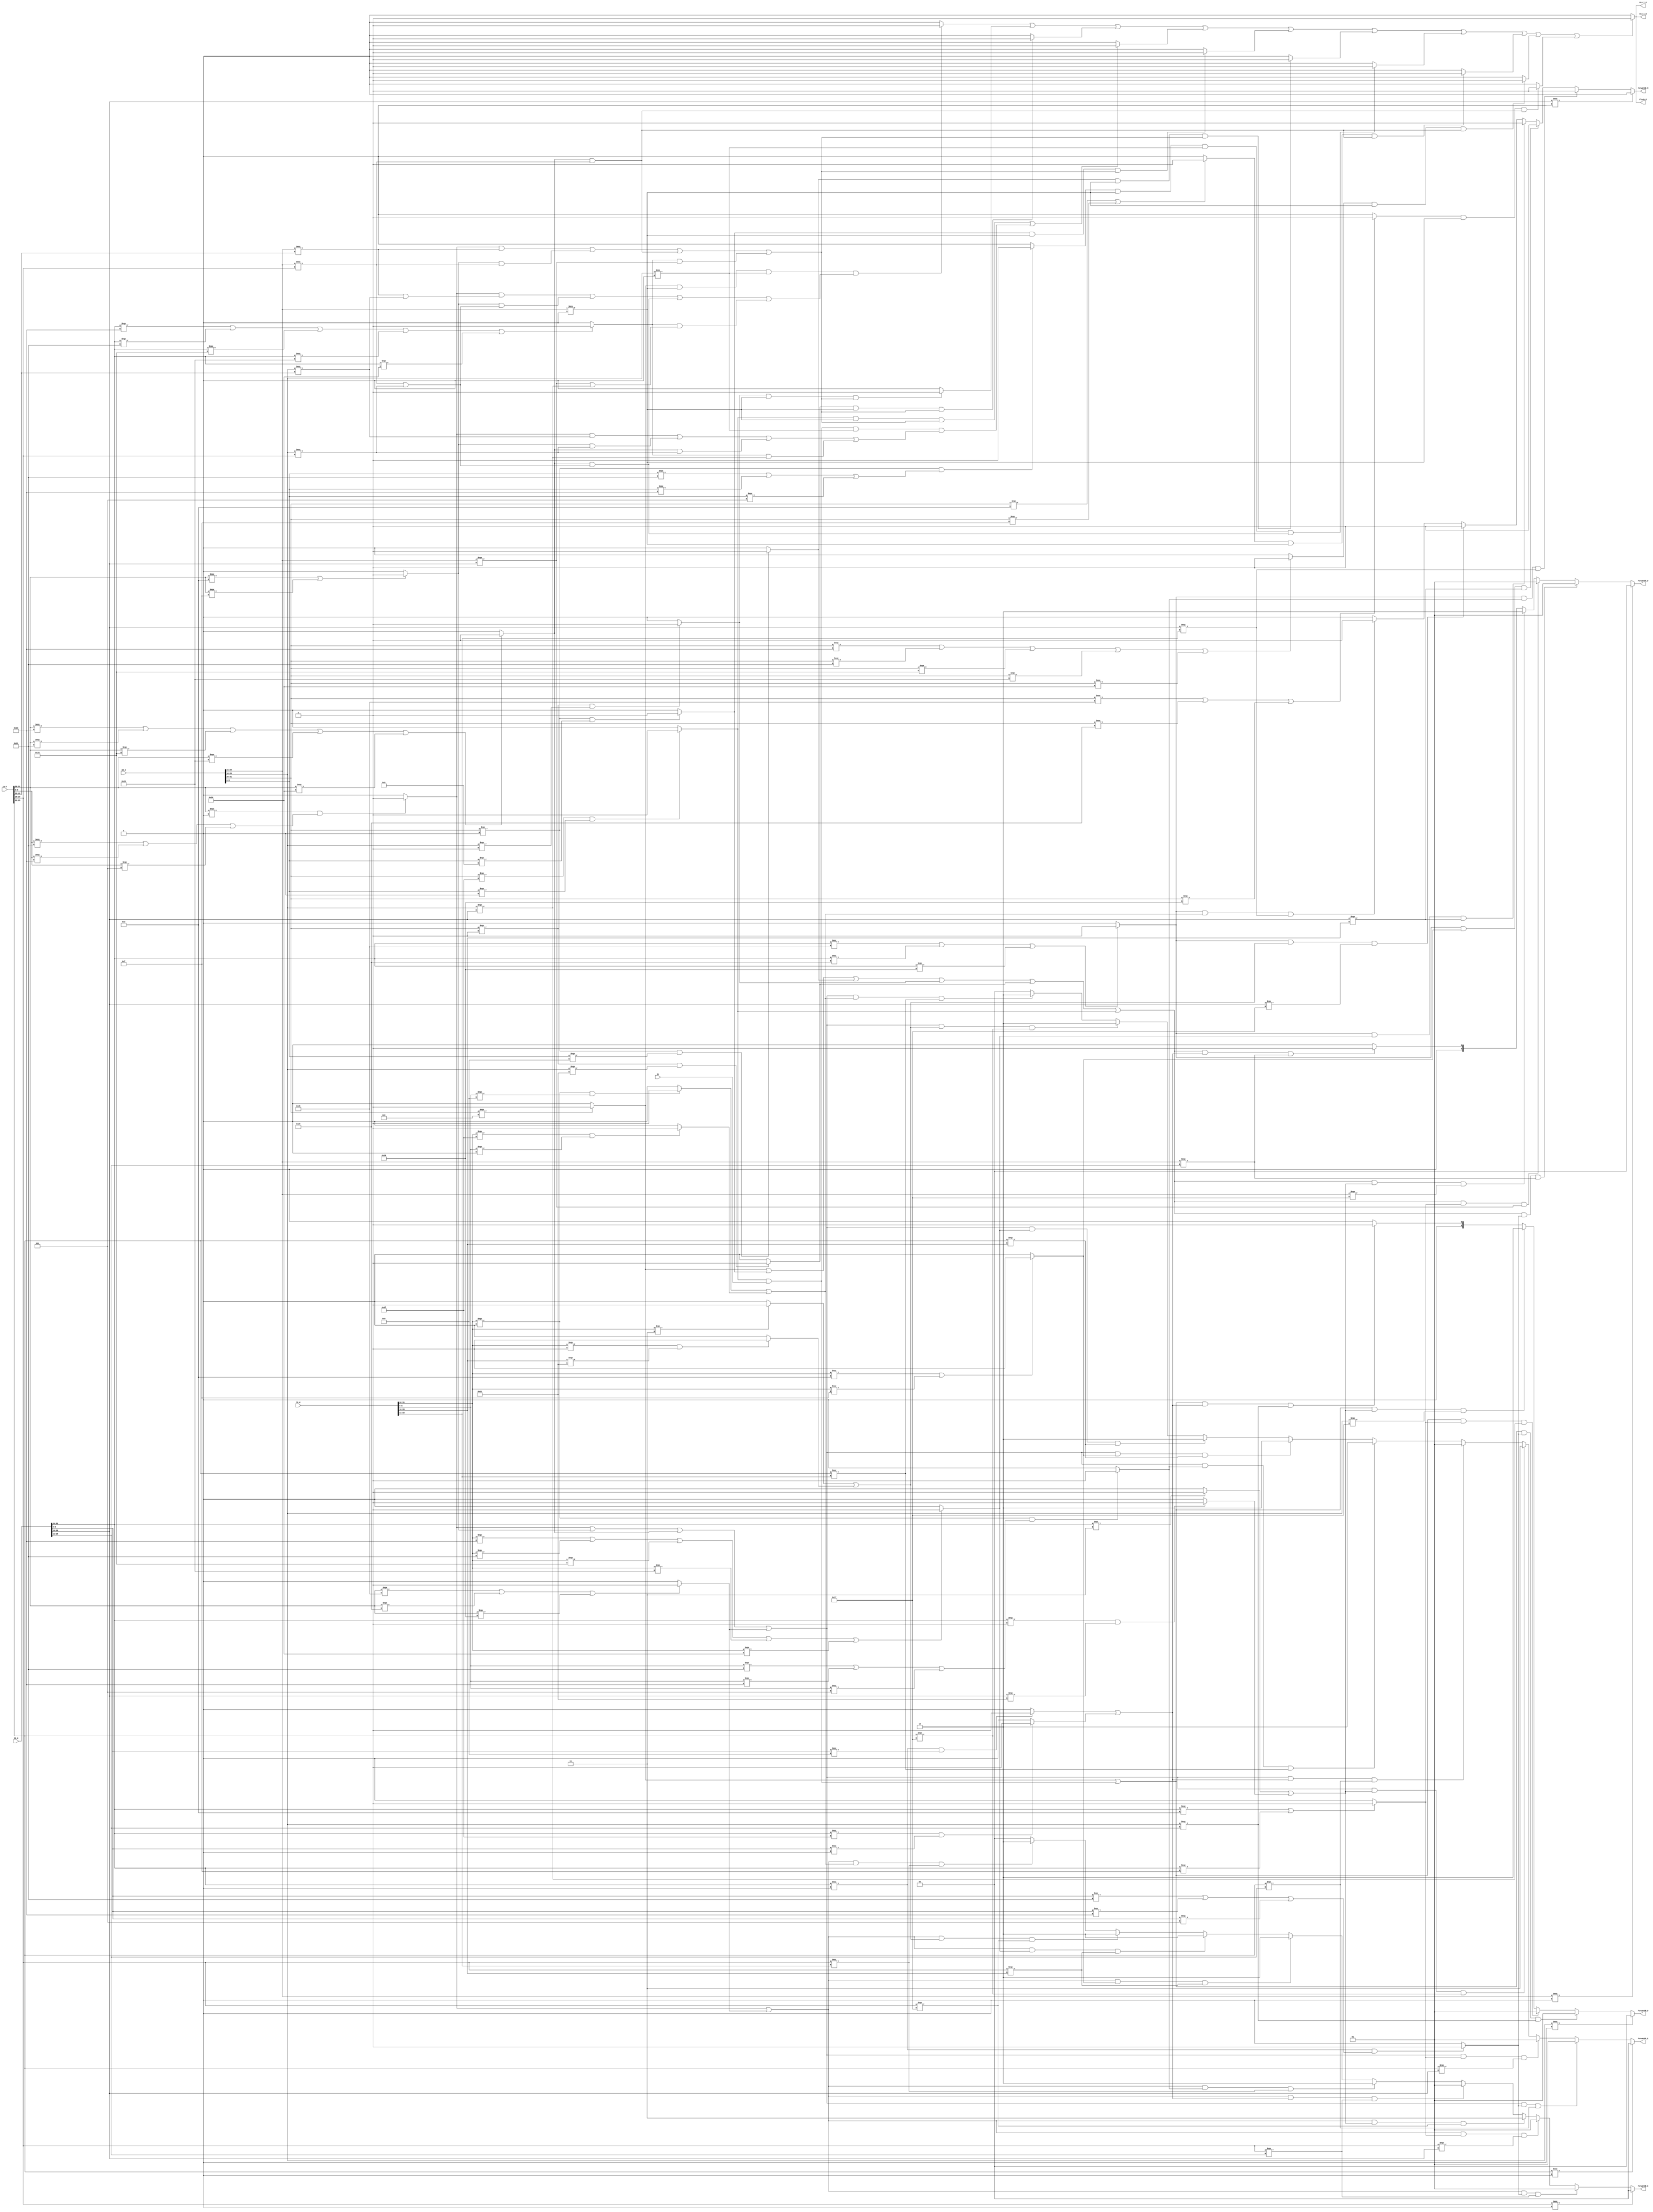
`timescale 1ns / 1ps
//////////////////////////////////////////////////////////////////////////////////
// Company: 
// Engineer: 
// 
// Design Name: 
// Module Name:    HazardUnit 
// Project Name: 
// Target Devices: 
// Tool versions: 
// Description: 
//
// Dependencies: 
//
// Revision: 
// Revision 0.01 - File Created
// Additional Comments: 
//
//////////////////////////////////////////////////////////////////////////////////
`define op_D IR_D[31:26]
`define func_D IR_D[5:0] 
`define rs_D  IR_D[25:21]
`define rt_D  IR_D[20:16]
`define rd_D IR_D[15:11]

`define op_E IR_E[31:26]
`define func_E IR_E[5:0] 
`define rs_E  IR_E[25:21]
`define rt_E  IR_E[20:16]
`define rd_E IR_E[15:11]

`define op_M IR_M[31:26]
`define func_M IR_M[5:0] 
`define rs_M  IR_M[25:21]
`define rt_M IR_M[20:16]
`define rd_M IR_M[15:11]

`define op_W IR_W[31:26]
`define func_W IR_W[5:0] 
`define rs_W  IR_W[25:21]
`define rt_W IR_W[20:16]
`define rd_W IR_W[15:11]

`define cal_r_op 6'b000000 //op
`define addu_func 6'b100001//func
`define subu_func 6'b100011 //func
`define srav_func 6'b000111 //func

`define ori_op 6'b001101 // op
`define lui_op 6'b001111 //op
`define beq_op 6'b000100 //op

`define lw_op 6'b100011 //op
`define lh_op 6'b100001 //op
`define lhu_op 6'b100101 //op
`define lb_op 6'b100000 //op
`define lbu_op 6'b100100 //op

`define sw_op 6'b101011 //op
`define sh_op 6'b101001 //op
`define sb_op 6'b101000 //op

`define j_op 6'b000010 //op
`define jal_op 6'b000011//op
`define jr_op 6'b000000 //op
`define jr_func 6'b001000 //func
`define jalr_op 6'b000000//op
`define jalr_func 6'b001001 //func
`define bgez_op 6'b000001 //op
`define bgez_rt 5'b00001 //rt
`define bgezal_op 6'b000001 //op
`define bgezal_rt 5'b10001 //rt
`define bgezalr_op 6'b111111//op
`define bgezalr_func 6'b000000 //func

module HazardUnit(IR_D, IR_E, IR_M, IR_W, En,
											Stall_F, Stall_D, Flush_E, ForwardA_D, ForwardB_D, ForwardA_E, ForwardB_E, ForwardB_M);
		input [31:0] IR_D, IR_E, IR_M, IR_W;
		input En;
		output Stall_F, Stall_D, Flush_E;
		output [1:0] ForwardA_D, ForwardB_D, ForwardA_E, ForwardB_E;
		output ForwardB_M;

// D		
		wire Cal_r_D, Cal_i_D, Br_D, Load_D, Store_D, J_D, Jal_D, Jr_D,Jalr_D, Bgez_D, Bgezal_D, Bgezalr_D;
		
		assign Cal_r_D = (`op_D === `cal_r_op) && ((`func_D === `addu_func)||(`func_D === `subu_func) || (`func_D === `srav_func) ) ? 1 : 0 ;
	   assign Cal_i_D = (`op_D === `ori_op || `op_D === `lui_op) ? 1 : 0;
		assign Br_D = (`op_D === `beq_op) ? 1 : 0 ;
		assign Load_D = (`op_D === `lw_op || `op_D === `lh_op ||  `op_D === `lhu_op ||  `op_D === `lb_op ||  `op_D === `lbu_op) ? 1 : 0;
		assign Store_D = (`op_D === `sw_op || `op_D === `sh_op || `op_D === `sb_op) ? 1 : 0 ;
		assign J_D = (`op_D === `j_op) ? 1 : 0 ;
		assign Jal_D = (`op_D === `jal_op) ? 1 : 0;
		assign Jr_D =  (`op_D === `jr_op && `func_D === `jr_func) ? 1 : 0;
		assign Jalr_D = (`op_D === `jalr_op && `func_D === `jalr_func) ? 1 : 0;
		assign Bgez_D = (`op_D === `bgez_op && `rt_D === `bgez_rt) ? 1 : 0;
		assign Bgezal_D = (`op_D === `bgezal_op && `rt_D === `bgezal_rt) ? 1 : 0;
		assign Bgezalr_D =  (`op_D === `bgezalr_op && `func_D === `bgezalr_func) ? 1 : 0;
		
// E		
		wire Cal_r_E, Cal_i_E, Br_E, Load_E, Store_E, J_E, Jal_E, Jr_E, Jalr_E, Bgez_E, Bgezal_E, Bgezalr_E;
		
		assign Cal_r_E = (`op_E === `cal_r_op) && ((`func_E === `addu_func)||(`func_E === `subu_func)|| (`func_E === `srav_func))  ? 1 : 0 ;
		assign Cal_i_E = (`op_E === `ori_op || `op_E === `lui_op) ? 1 : 0;
		assign Br_E = (`op_E === `beq_op) ? 1 : 0 ;
		assign Load_E = (`op_E === `lw_op || `op_E === `lh_op ||  `op_E === `lhu_op ||  `op_E === `lb_op ||  `op_E === `lbu_op) ? 1 : 0;
		assign Store_E = (`op_E === `sw_op || `op_E === `sh_op || `op_E === `sb_op) ? 1 : 0 ;
		assign J_E = (`op_E === `j_op) ? 1 : 0 ;
		assign Jal_E = (`op_E === `jal_op) ? 1 : 0;
		assign Jr_E =  (`op_E === `jr_op && `func_E === `jr_func) ? 1 : 0;
		assign Jalr_E = (`op_E === `jalr_op && `func_E === `jalr_func) ? 1 : 0;
		assign Bgez_E = (`op_E === `bgez_op && `rt_E === `bgez_rt) ? 1 : 0;
		assign Bgezal_E = (`op_E === `bgezal_op && `rt_E === `bgezal_rt) ? 1 : 0;
		assign Bgezalr_E =  (`op_E === `bgezalr_op && `func_E === `bgezalr_func) ? 1 : 0;
		
//M		
		wire Cal_r_M, Cal_i_M, Br_M, Load_M, Store_M, J_M, Jal_M, Jr_M, Jalr_M, Bgez_M, Bgezal_M, Bgezalr_M;
		
		assign Cal_r_M = (`op_M === `cal_r_op) && ((`func_M === `addu_func)||(`func_M === `subu_func)|| (`func_M === `srav_func)) ? 1 : 0 ;
		assign Cal_i_M = (`op_M === `ori_op || `op_M === `lui_op) ? 1 : 0;
		assign Br_M = (`op_M === `beq_op) ? 1 : 0 ;
		assign Load_M = (`op_M === `lw_op || `op_M === `lh_op ||  `op_M === `lhu_op ||  `op_M === `lb_op ||  `op_M === `lbu_op) ? 1 : 0;
		assign Store_M =  (`op_M === `sw_op || `op_M === `sh_op || `op_M === `sb_op) ? 1 : 0 ;
		assign J_M = (`op_M === `j_op) ? 1 : 0 ;
		assign Jal_M = (`op_M === `jal_op) ? 1 : 0;
		assign Jr_M =  (`op_M === `jr_op && `func_M === `jr_func) ? 1 : 0;
		assign Jalr_M = (`op_M === `jalr_op && `func_M === `jalr_func) ? 1 : 0;
		assign Bgez_M = (`op_M === `bgez_op && `rt_M === `bgez_rt) ? 1 : 0;
		assign Bgezal_M = (`op_M === `bgezal_op && `rt_M === `bgezal_rt) ? 1 : 0;
		assign Bgezalr_M =  (`op_M === `bgezalr_op && `func_M === `bgezalr_func) ? 1 : 0;
		
//W
		wire Cal_r_W, Cal_i_W, Br_W, Load_W, Store_W, J_W, Jal_W, Jr_W, Jalr_W, Bgez_W, Bgezal_W, Bgezalr_W;
		
		assign Cal_r_W = (`op_W === `cal_r_op) && ((`func_W === `addu_func)||(`func_W === `subu_func)|| (`func_W === `srav_func)) ? 1 : 0 ;
		assign Cal_i_W = (`op_W === `ori_op || `op_W === `lui_op) ? 1 : 0;
		assign Br_W = (`op_W === `beq_op) ? 1 : 0 ;
		assign Load_W = (`op_W === `lw_op || `op_W === `lh_op ||  `op_W === `lhu_op ||  `op_W === `lb_op ||  `op_W === `lbu_op) ? 1 : 0;
		assign Store_W = (`op_W === `sw_op || `op_W === `sh_op || `op_W === `sb_op) ? 1 : 0 ;
		assign J_W = (`op_W === `j_op) ? 1 : 0 ;
		assign Jal_W = (`op_W === `jal_op) ? 1 : 0;
		assign Jr_W =  (`op_W === `jr_op && `func_W === `jr_func) ? 1 : 0;
		assign Jalr_W = (`op_W === `jalr_op && `func_W === `jalr_func) ? 1 : 0;
		assign Bgez_W = (`op_W === `bgez_op && `rt_W === `bgez_rt) ? 1 : 0;
		assign Bgezal_W = (`op_W === `bgezal_op && `rt_W === `bgezal_rt) ? 1 : 0;
		assign Bgezalr_W =  (`op_W === `bgezalr_op && `func_W === `bgezalr_func) ? 1 : 0;
		
		wire stall, stall_br, stall_bgez, stall_bgezal, stall_bgezalr, stall_jr, stall_jalr, stall_cal_r, stall_cal_i, stall_load, stall_store ;
		
		assign stall_br = (Br_D && (`rs_D !== 0) && (`rt_D !== 0) &&
														((Cal_r_E && (`rs_D === `rd_E || `rt_D === `rd_E) ) || 
														( Cal_i_E && ( (`rs_D === `rt_E) || (`rt_D === `rt_E) ) ) ||
														( Load_E && ( (`rs_D === `rt_E) || (`rt_D === `rt_E) ) ) ||
														( Load_M && ( (`rs_D === `rt_M) || (`rt_D === `rt_M) ) ) ) ) ? 1 : 0 ;
		
		assign stall_bgez = (Bgez_D && (`rs_D !== 0) &&
														( ( Cal_r_E && (`rs_D === `rd_E) ) || 
														( Cal_i_E && (`rs_D === `rt_E) ) ||
														( Load_E && (`rs_D === `rt_E)) ||
														( Load_M && (`rs_D === `rt_M)))) ? 1 : 0 ; 
		
		assign stall_bgezal =  (Bgezal_D && (`rs_D !== 0) &&
														( ( Cal_r_E && (`rs_D === `rd_E) ) || 
														( Cal_i_E && (`rs_D === `rt_E) ) ||
														( Load_E && (`rs_D === `rt_E)) ||
														( Load_M && (`rs_D === `rt_M)))) ? 1 : 0 ; 
														
		assign stall_bgezalr = 	(Bgezalr_D && (`rs_D !== 0) &&
																( ( Cal_r_E && (`rs_D === `rd_E) ) || 
																( Cal_i_E && (`rs_D === `rt_E) ) ||
																( Load_E && (`rs_D === `rt_E)) ||
																( Load_M && (`rs_D === `rt_M)))) ||		
														(Bgezalr_D && En && (`rt_D !== 0) &&
																( ( Cal_r_E && (`rt_D === `rd_E) ) || 
																( Cal_i_E && (`rt_D === `rt_E) ) ||
																( Load_E && (`rt_D === `rt_E)) ||
																( Load_M && (`rt_D === `rt_M)))) ? 1 : 0 ; 
														
		assign stall_jr = (Jr_D && (`rs_D !== 0) &&
														( ( Cal_r_E && (`rs_D === `rd_E) ) || 
														( Cal_i_E && (`rs_D === `rt_E) ) ||
														( Load_E && (`rs_D === `rt_E)) ||
														( Load_M && (`rs_D === `rt_M)))) ? 1 : 0 ; 
		
		assign stall_jalr =  (Jalr_D && (`rs_D !== 0) &&
														( ( Cal_r_E && (`rs_D === `rd_E) ) || 
														( Cal_i_E && (`rs_D === `rt_E) ) ||
														( Load_E && (`rs_D === `rt_E)) ||
														( Load_M && (`rs_D === `rt_M)))) ? 1 : 0 ; 
														
		assign stall_cal_r = (Cal_r_D &&  (`rs_D !== 0) && (`rt_D !== 0) && 
														( Load_E && ( (`rs_D === `rt_E) || (`rt_D === `rt_E) ))) ? 1: 0; 
		
		assign stall_cal_i = (Cal_i_D && (`rs_D !== 0) &&
														((Load_E && (`rs_D === `rt_E)))) ? 1 : 0 ; 
		
		assign stall_load = (Load_D && (`rs_D !== 0) &&
														((Load_E && (`rs_D === `rt_E) ))) ? 1: 0; 
		
		assign stall_store = (Store_D && (`rs_D !== 0) &&
														(Load_E && (`rs_D === `rt_E))) ? 1 : 0 ;
		
		assign stall = (stall_br || stall_bgez || stall_bgezal || stall_bgezalr || stall_jr || stall_jalr || stall_cal_r || stall_cal_i || stall_load || stall_store) ? 1 : 0 ;
		
		assign Stall_F = stall;
		assign Stall_D = stall;
		assign Flush_E = stall;
		
		
		assign ForwardA_D = 
				(`rs_D === 0) ? 2'b00 :
				(Br_D || Jr_D || Jalr_D || Bgez_D || Bgezal_D || Bgezalr_D) && Cal_r_M && `rs_D === `rd_M ? 2'b01 : 
				(Br_D || Jr_D || Jalr_D || Bgez_D || Bgezal_D || Bgezalr_D) && Cal_i_M && `rs_D === `rt_M ? 2'b01 :
				(Br_D || Jr_D || Jalr_D || Bgez_D || Bgezal_D || Bgezalr_D) && (Jal_M || Bgezal_M) && `rs_D === 5'd31 ? 2'b10 :
				(Br_D || Jr_D || Jalr_D || Bgez_D || Bgezal_D || Bgezalr_D) && (Jalr_M || Bgezalr_M) && `rs_D === `rd_M ? 2'b01 :
				2'b00;
		
		assign ForwardB_D = 
				(`rt_D === 0) ? 2'b00 :
				(Br_D || (Bgezalr_D && En)) && Cal_r_M && `rt_D === `rd_M ? 2'b01 : 
				(Br_D || (Bgezalr_D && En)) && Cal_i_M && `rt_D === `rt_M ? 2'b01 :
				(Br_D || (Bgezalr_D && En)) && (Jal_M || Bgezal_M) && `rt_D === 5'd31 ? 2'b10 :
				(Br_D || (Bgezalr_D && En)) && (Jalr_M || Bgezalr_M) && `rt_D === `rd_M ? 2'b01 : 
				2'b00;
		
		assign ForwardA_E = 
				(`rs_E === 0) ? 2'b00 :
				(Cal_r_E || Cal_i_E || Load_E || Store_E) && Cal_r_M && `rs_E === `rd_M ? 2'b01 :
				(Cal_r_E || Cal_i_E || Load_E || Store_E) && Cal_i_M && `rs_E === `rt_M ? 2'b01 :
				(Cal_r_E || Cal_i_E || Load_E || Store_E) && (Jal_M || Bgezal_M) && `rs_E === 5'd31 ? 2'b11 :
				(Cal_r_E || Cal_i_E || Load_E || Store_E) && (Jalr_M || Bgezalr_M) && `rs_E === `rd_M ? 2'b01 :
				(Cal_r_E || Cal_i_E || Load_E || Store_E) && Cal_r_W && `rs_E === `rd_W ? 2'b10 :
				(Cal_r_E || Cal_i_E || Load_E || Store_E) && Cal_i_W && `rs_E === `rt_W ? 2'b10 :
				(Cal_r_E || Cal_i_E || Load_E || Store_E) && Load_W && `rs_E === `rt_W ? 2'b10 :
				(Cal_r_E || Cal_i_E || Load_E || Store_E) && (Jal_W || Bgezal_W) && `rs_E === 5'd31 ? 2'b10 :
				(Cal_r_E || Cal_i_E || Load_E || Store_E) && (Jalr_W || Bgezalr_W) && `rs_E === `rd_W ? 2'b10 :
				2'b00;

		assign ForwardB_E = 
				(`rt_E === 0) ? 2'b00 :
				(Cal_r_E || Store_E) && Cal_r_M && `rt_E === `rd_M ? 2'b01 : 
				(Cal_r_E || Store_E) && Cal_i_M && `rt_E === `rt_M ? 2'b01 : 
				(Cal_r_E || Store_E) && (Jal_M || Bgezal_M) && `rt_E === 5'd31 ? 2'b11 : 
				(Cal_r_E || Store_E) && (Jalr_M || Bgezalr_M) && `rt_E === `rd_M ? 2'b01 : 
				(Cal_r_E || Store_E) && Cal_r_W && `rt_E === `rd_W ? 2'b10 :
				(Cal_r_E || Store_E) && Cal_i_W && `rt_E === `rt_W ? 2'b10 : 
				(Cal_r_E || Store_E) && Load_W && `rt_E === `rt_W ? 2'b10 :
				(Cal_r_E || Store_E) && (Jal_W || Bgezal_W) && `rt_E === 5'd31 ? 2'b10 :
				(Cal_r_E || Store_E) && (Jalr_W || Bgezalr_W) && `rt_E === `rd_W ? 2'b10 :
				2'b00 ; 
				

		assign ForwardB_M = 
				(`rt_M === 0) ? 0 :
				Store_M && Cal_r_W && `rt_M === `rd_W ? 1 :
				Store_M && Cal_i_W && `rt_M === `rt_W ? 1 :
				Store_M && Load_W && `rt_M === `rt_W ? 1 :
				Store_M && (Jal_W || Bgezal_W) && `rt_M === 5'd31 ? 1 :
				Store_M && (Jalr_W || Bgezalr_W) && `rt_M === `rd_W ? 1 :
				0 ;



				

				
endmodule